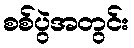
စစ်ပွဲအတွင်း